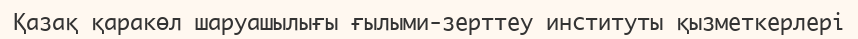
Қазақ қаракөл шаруашылығы ғылыми-зерттеу институты қызметкерлері